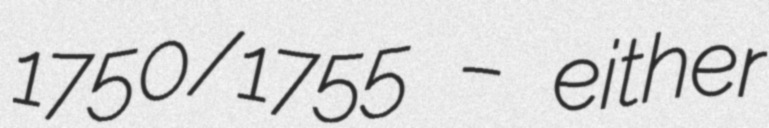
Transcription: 1750/1755 – either